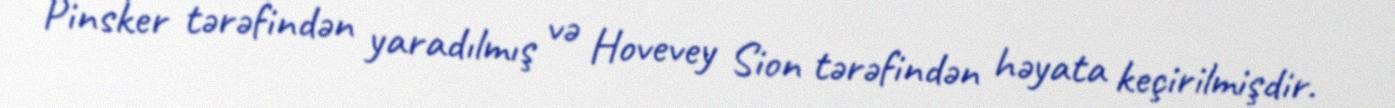
Pinsker tərəfindən yaradılmış və Hovevey Sion tərəfindən həyata keçirilmişdir.